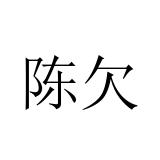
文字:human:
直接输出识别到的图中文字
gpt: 陈欠